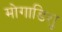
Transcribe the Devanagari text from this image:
मोगाडिशु